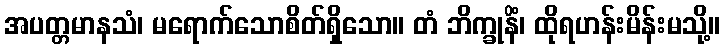
အပတ္တမာနသံ၊ မရောက်သောစိတ်ရှိသော။ တံ ဘိက္ခုနိံ၊ ထိုရဟန်းမိန်းမသို့။